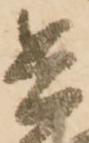
兵